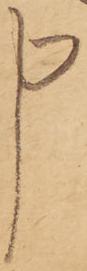
申